Lunatic asylums Burma 1922-24 - 1922-1924
Year: 1922
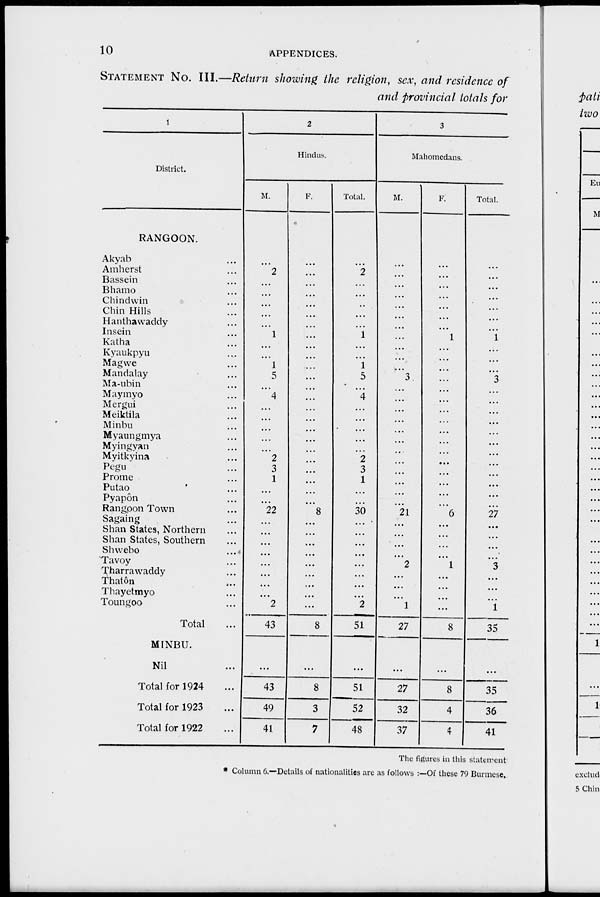
10
APPENDICES.
STATEMENT No. III.—Return showing the religion, sex, and residence of
and provincial totals for
1
District.
RANGOON.
Akyab ...
Amherst ...
Bassein ...
Bhamo ...
Chindwin ...
Chin Hills ...
Hanthawaddy ...
Insein ...
Katha ...
Kyaukpyu ...
Magwe ...
Mandalay ...
Ma-ubin ...
Maymyo ...
Mergui ...
Meiktila ...
Minbu ...
Myaungmya ...
Myingyan ...
Myitkyina ...
Pegu ...
Prome ...
Putao ...
Pyapôn ...
Rangoon Town ...
Sagaing ...
Shan States, Northern ...
Shan States, Southern ...
Shwebo ...
Tavoy ...
Tharrawaddy ...
Thatôn ...
Thayetmyo ...
Toungoo ...
Total ...
MINBU.
Nil ...
Total for 1924 ...
Total for 1923 ...
Total for 1922 ...
2
Hindus.
M.
...
2
...
...
...
...
...
1
...
...
1
5
...
4
...
...
...
...
...
2
3
1
...
...
22
...
...
...
...
...
...
...
...
2
43
...
43
49
41
F.
...
...
...
...
...
...
...
...
...
...
...
...
...
...
...
...
...
...
...
...
...
...
...
...
8
...
...
...
...
...
...
...
...
...
8
...
8
3
7
Total.
...
2
...
...
...
...
...
1
...
...
1
5
...
4
...
...
...
...
...
2
3
1
...
...
30
...
...
...
...
...
...
...
...
2
51
...
51
52
48
3
Mahomedans.
M.
...
...
...
...
...
...
...
...
...
...
...
3
...
...
...
...
...
...
...
...
...
...
...
...
21
...
...
...
...
2
...
...
...
1
27
...
27
32
37
F.
...
...
...
...
...
...
...
1
...
...
...
...
...
...
...
...
...
...
...
...
...
...
...
...
6
...
...
...
...
1
...
...
...
...
8
...
8
4
4
Total.
...
...
...
...
...
...
...
1
...
...
...
3
...
...
...
...
...
...
...
...
...
...
...
...
27
...
...
...
...
3
...
...
...
1
35
...
35
36
41
The figures in this statetment
* Column 6.—Details of nationalities are as follows :—Of these 79 Burmese.